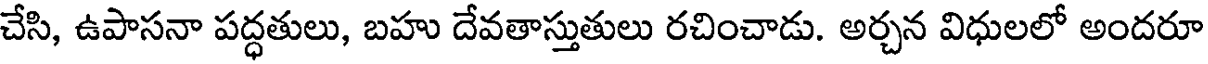
చేసి, ఉపాసనా పద్ధతులు, బహు దేవతాస్తుతులు రచించాడు. అర్చన విధులలో అందరూ